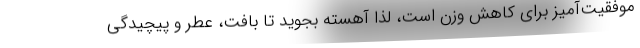
موفقیت‌آمیز برای کاهش وزن است، لذا آهسته بجوید تا بافت، عطر و پیچیدگی